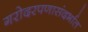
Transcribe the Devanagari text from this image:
गरोदरपणासंदर्भात